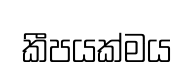
කීපයක්මය